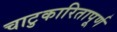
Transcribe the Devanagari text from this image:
चाटुकारितापूर्ण